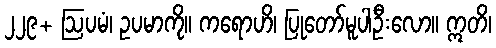
၂၂၉+ ဩပမံ၊ ဥပမာကို။ ကရောဟိ၊ ပြုတော်မူပါဦးလော။ ဣတိ၊